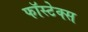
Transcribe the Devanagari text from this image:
फॉस्टेक्स